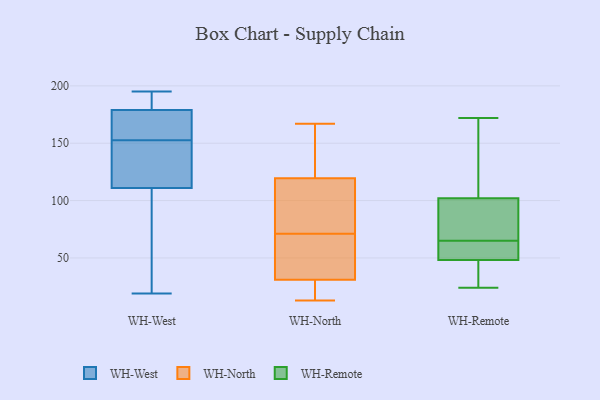
{"axis": {"x": "Energy Usage (MWh)", "y": "Value"}, "legend": ["WH-North", "WH-Remote", "WH-West"], "data": [{"x": "", "y": 19, "type": "WH-West"}, {"x": "", "y": 178, "type": "WH-West"}, {"x": "", "y": 170, "type": "WH-West"}, {"x": "", "y": 179, "type": "WH-West"}, {"x": "", "y": 121, "type": "WH-West"}, {"x": "", "y": 135, "type": "WH-West"}, {"x": "", "y": 111, "type": "WH-West"}, {"x": "", "y": 184, "type": "WH-West"}, {"x": "", "y": 195, "type": "WH-West"}, {"x": "", "y": 87, "type": "WH-West"}, {"x": "", "y": 76, "type": "WH-North"}, {"x": "", "y": 83, "type": "WH-North"}, {"x": "", "y": 13, "type": "WH-North"}, {"x": "", "y": 143, "type": "WH-North"}, {"x": "", "y": 40, "type": "WH-North"}, {"x": "", "y": 164, "type": "WH-North"}, {"x": "", "y": 14, "type": "WH-North"}, {"x": "", "y": 64, "type": "WH-North"}, {"x": "", "y": 137, "type": "WH-North"}, {"x": "", "y": 167, "type": "WH-North"}, {"x": "", "y": 102, "type": "WH-North"}, {"x": "", "y": 22, "type": "WH-North"}, {"x": "", "y": 73, "type": "WH-North"}, {"x": "", "y": 69, "type": "WH-North"}, {"x": "", "y": 51, "type": "WH-North"}, {"x": "", "y": 19, "type": "WH-North"}, {"x": "", "y": 57, "type": "WH-Remote"}, {"x": "", "y": 83, "type": "WH-Remote"}, {"x": "", "y": 129, "type": "WH-Remote"}, {"x": "", "y": 43, "type": "WH-Remote"}, {"x": "", "y": 55, "type": "WH-Remote"}, {"x": "", "y": 46, "type": "WH-Remote"}, {"x": "", "y": 62, "type": "WH-Remote"}, {"x": "", "y": 172, "type": "WH-Remote"}, {"x": "", "y": 36, "type": "WH-Remote"}, {"x": "", "y": 87, "type": "WH-Remote"}, {"x": "", "y": 154, "type": "WH-Remote"}, {"x": "", "y": 69, "type": "WH-Remote"}, {"x": "", "y": 107, "type": "WH-Remote"}, {"x": "", "y": 24, "type": "WH-Remote"}, {"x": "", "y": 65, "type": "WH-Remote"}]}